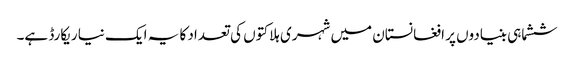
ششماہی بنیادوں پر افغانستان میں شہری ہلاکتوں کی تعداد کا یہ ایک نیا ریکارڈ ہے۔